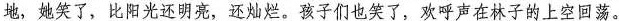
地，她笑了，比阳光还明亮，还灿烂。孩子们也笑了，欢呼声在林子的上空回荡。